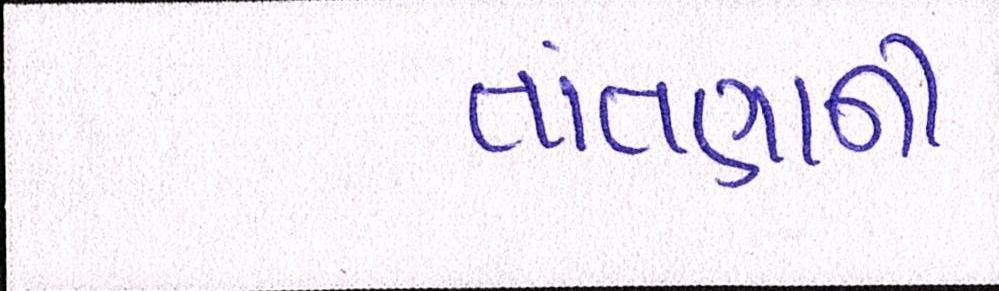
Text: તાંતણાની